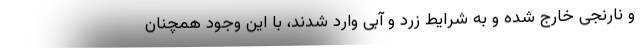
و نارنجی خارج شده و به شرایط زرد و آبی وارد شدند، با این وجود همچنان